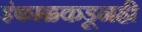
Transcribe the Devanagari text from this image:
इंफाळकडूनही